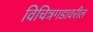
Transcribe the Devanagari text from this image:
विचित्रगडावरील